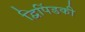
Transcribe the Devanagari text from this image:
द्विपिंडकी